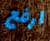
ارفع